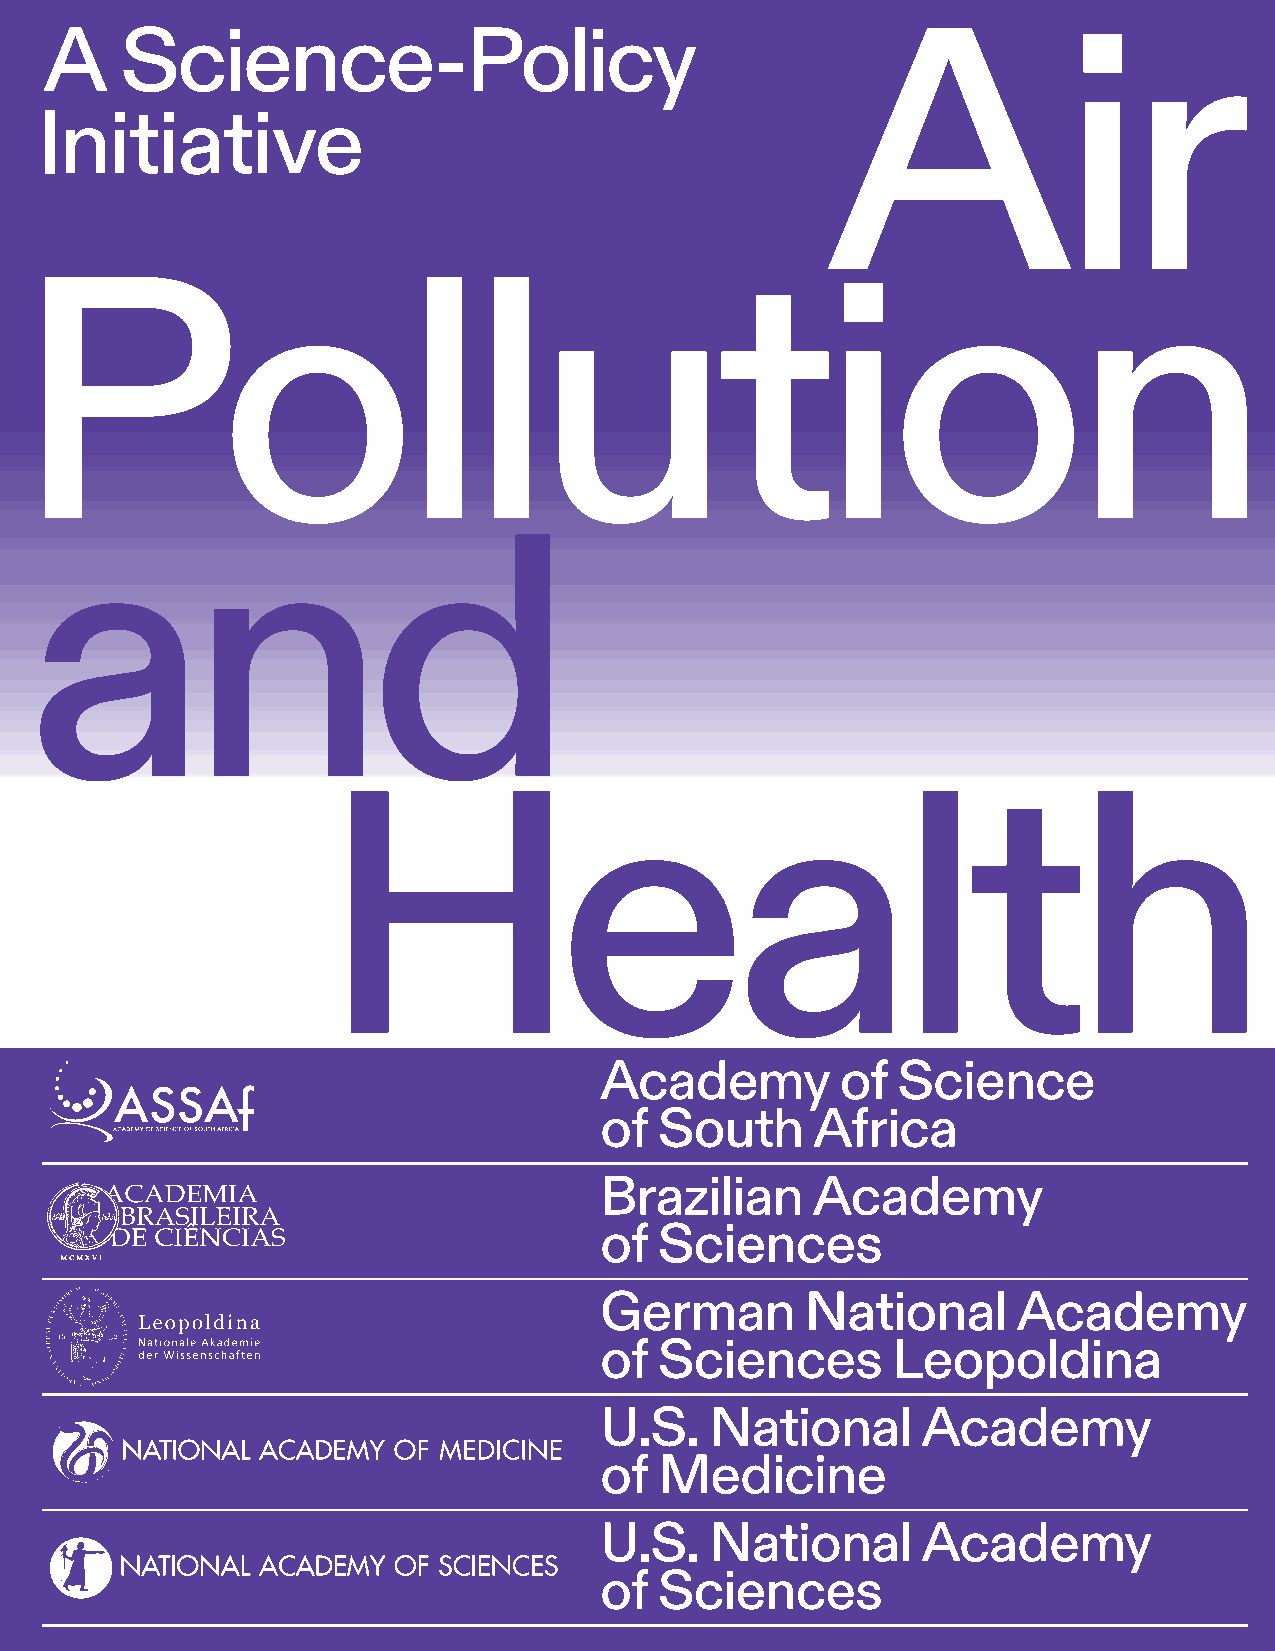
A    Science-Policy
 Initiative
 Academy         of Science
 of  South     Africa
 Brazilian     Academy
 of  Sciences
 German       National      Academy
 of  Sciences       Leopoldina
 U.S.   National      Academy
 of  Medicine
 U.S.   National      Academy
 of  Sciences